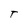
Character: T